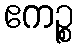
ဧကဉ္စ